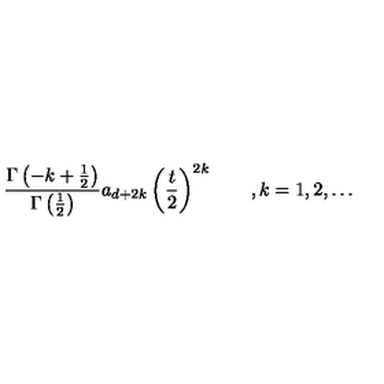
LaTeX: \frac { \Gamma \left( - k + \frac 1 2 \right) } { \Gamma \left( \frac 1 2 \right) } a _ { d + 2 k } \left( \frac t 2 \right) ^ { 2 k } \qquad , k = 1 , 2 , \ldots